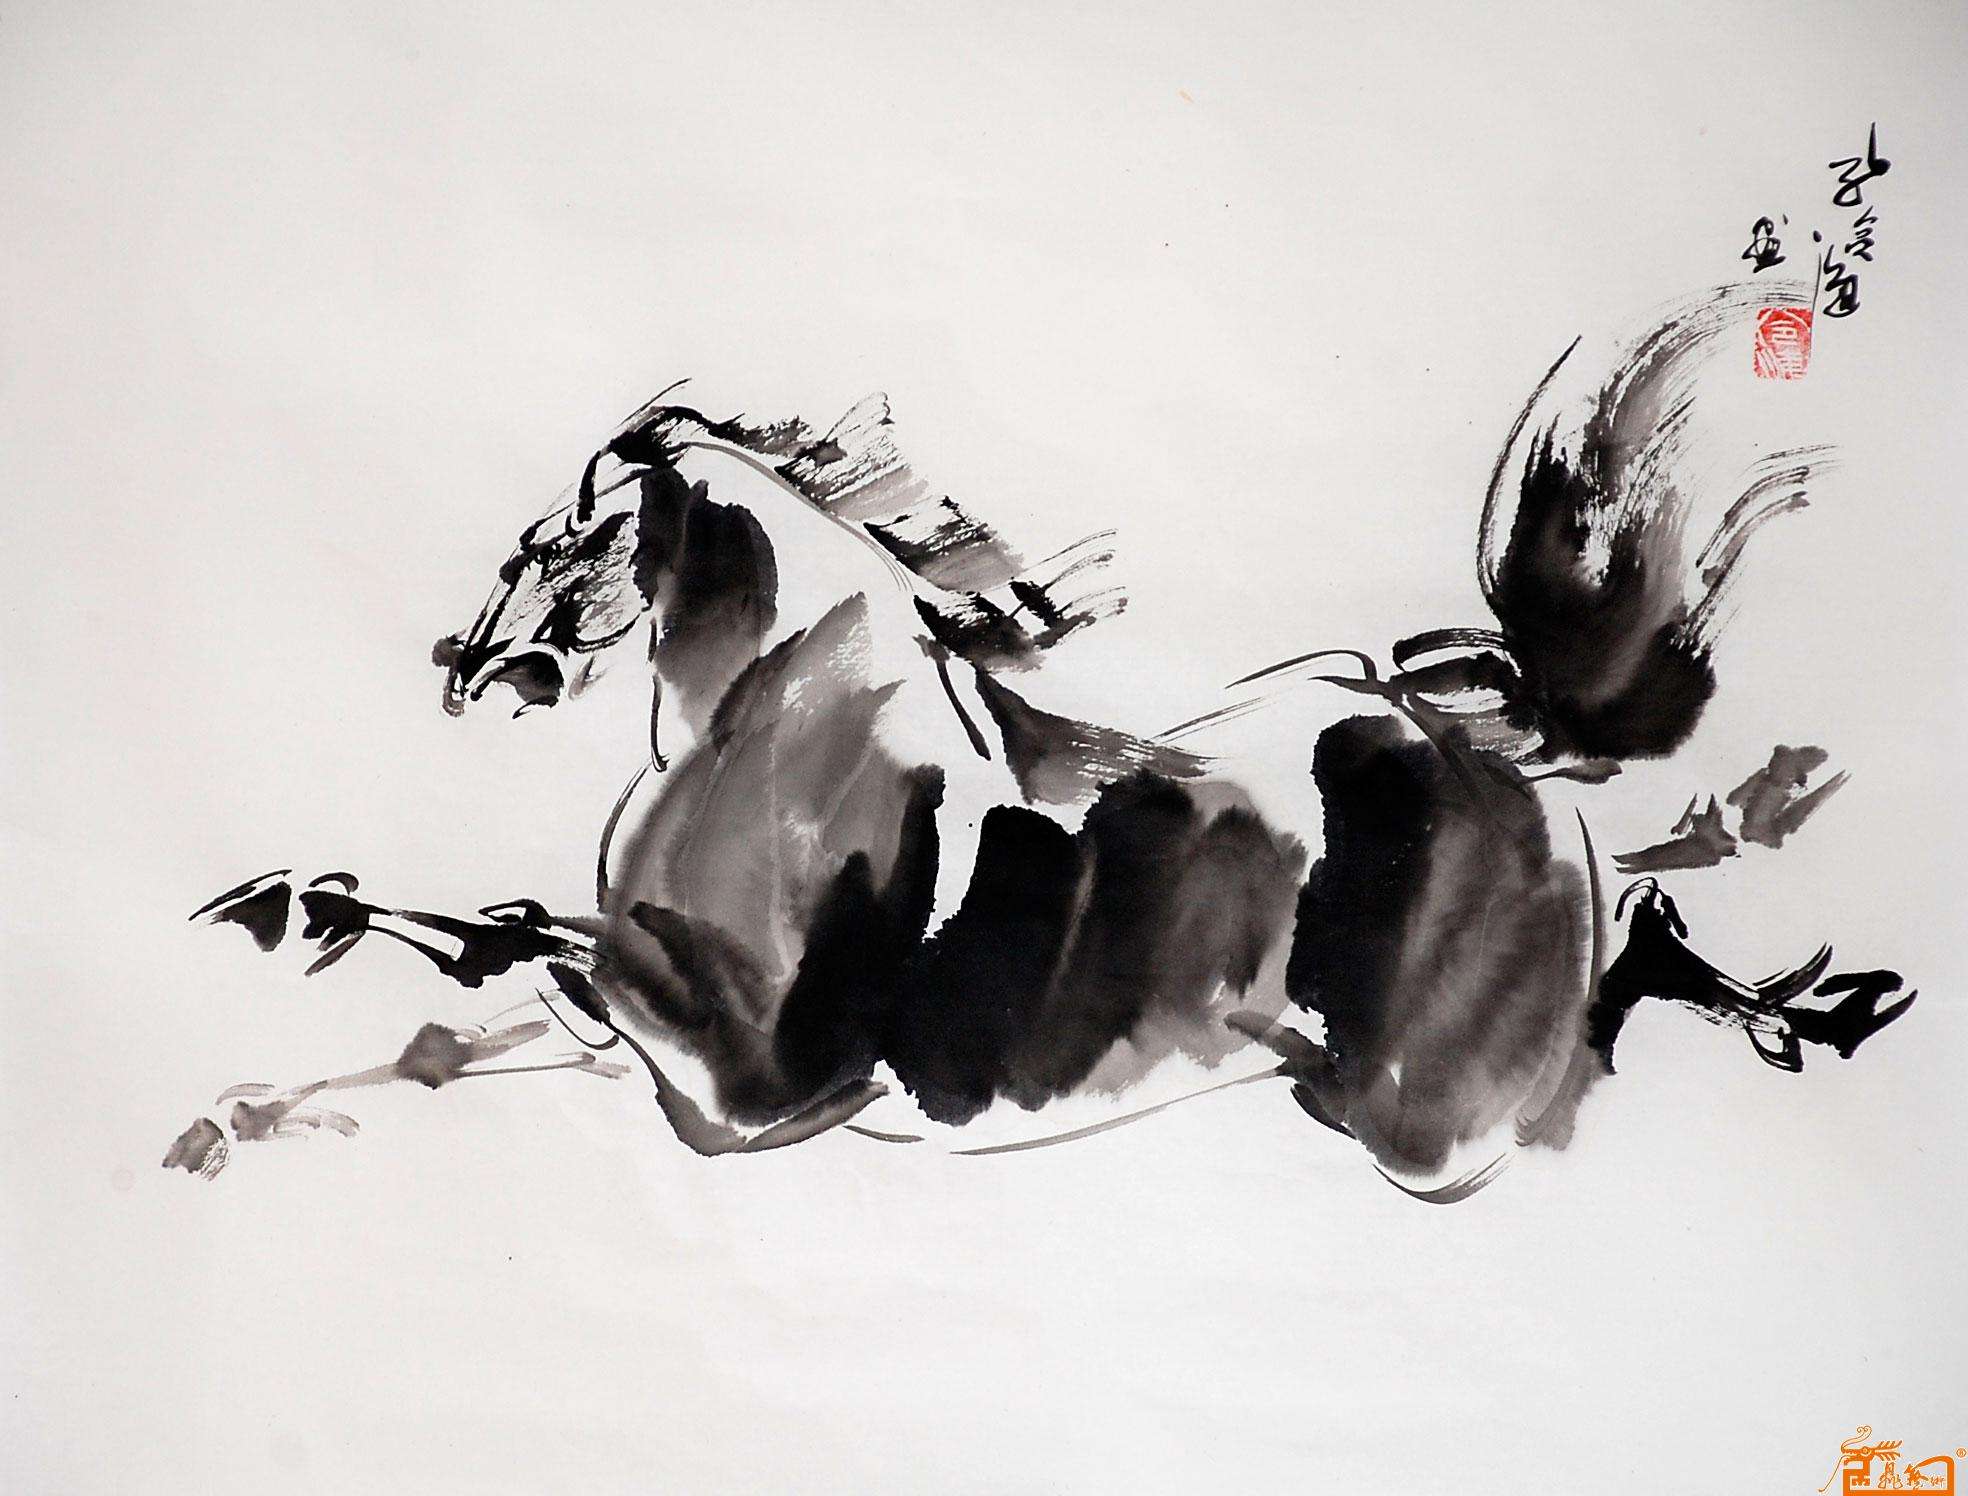
烈士暮年，壮心不已。